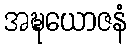
အဍ္ဎယောဇနံ